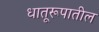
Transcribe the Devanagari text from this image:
धातूरूपातील